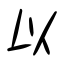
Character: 以